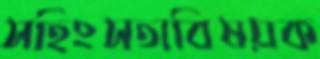
সহিংসতাবিষয়ক